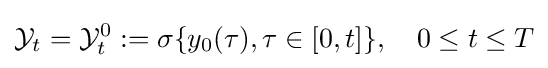
{\cal {Y}}_{t}={\cal {Y}}_{t}^{0}:=\sigma \{y_{0}(\tau ),\tau \in [0,t]\},\quad 0\leq t\leq T